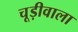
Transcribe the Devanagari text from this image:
चूड़ीवाला